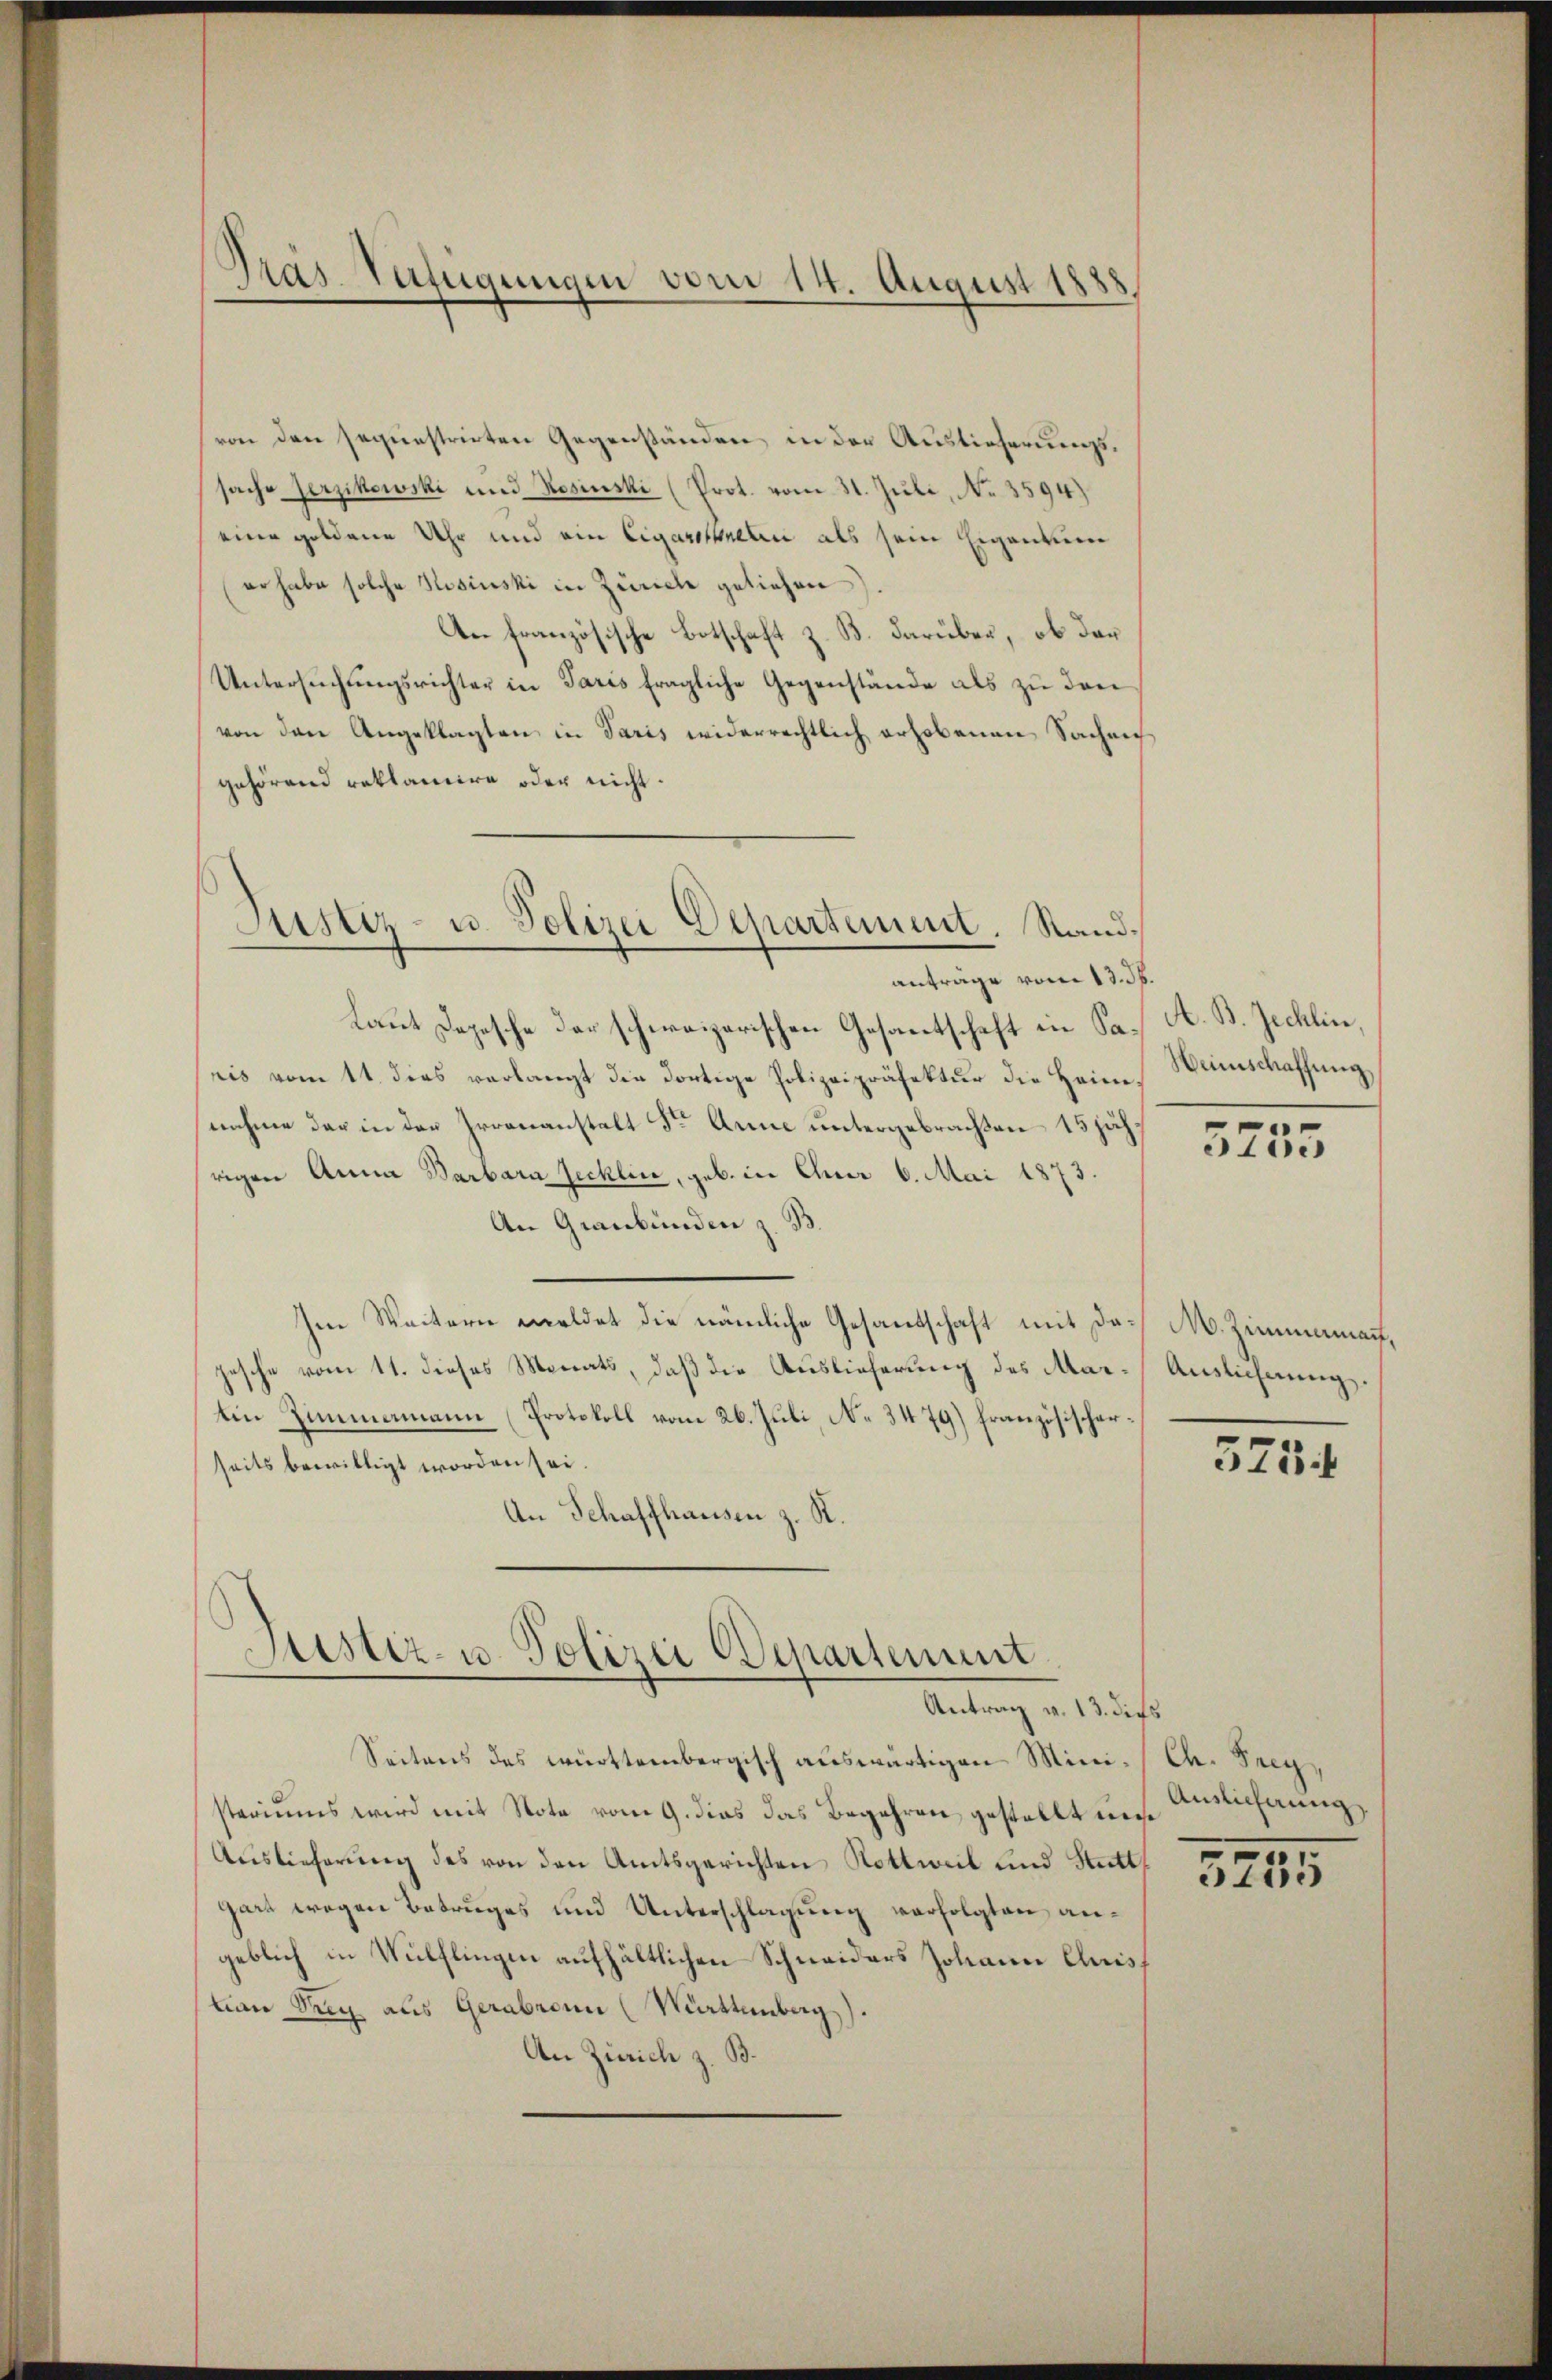
Präs. Beifügungen vom 14. August 1888.

von den sequestrirten Gegenständen in der Auslieferungssache serzikowski und Rosinski (Prot. vom 31. Juli, No. 3594)
eine goldene Uhr und ein Cigaroskneli als sein Eigentum
er habe solche Rosinski in Zürich geliehen)
An französische Botschaft z. B. darüber, ob das
Untersŭchŭngsrichter in Paris fragliche Gegenstände als zu den
von den Angeklagten in Paris widerrechtlich erhobenen Sachen
gehörend reklamire oder nicht.

Justiz- u. Polizei Departement. Randanträge vom 13. d.

Laut Depesche der schweizerischen Gesantschaft in Sa. A. B. Zechlin,
ris vom 11. dies verlangt die dortige Polizeipräfektur die Heim. Weinschaffung
nahme der in der Irrenanstalt der Anne untergebrachten 15 jähsrigen Anna Barbara Jecklin, geb. in Chur 6. Mai 1873
An Graubünden z. B.
Im Weitern meldet die nämliche Gesandschaft mit das M. Zimmenauf,
zesche vom 11. dieses Monats, daß die Auslieferung des Mar-Auslichnungs¬
Ein Zimmamann (Protokoll vom 26. Juli, No 3479) französischerseits bewilligt worden sei.
An Schaffhausen z. R.

Justiz- u. Polizei Departement
Antrag v. 13. dies

Seitens des württembergisch auswärtigen Mini- Ch. Freysteriums wird mit Note vom 9. dies das Begehren gestellt uns nichtung,
Auslieferung des von den Amtsgerichten Rottweil und Stutt
gart wegen Betruges und Unterschlagung verfolgten angeblich in Wülflingen aufhältlichen Schneiders Johann Quis
tion drey als Gerabronn (Württemberg).
An Zürich z. B.

3235

3734

5745